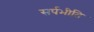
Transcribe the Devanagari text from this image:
सर्पभीति